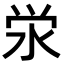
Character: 泶